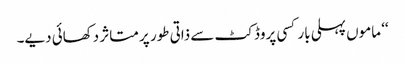
‘‘ ماموں پہلی بار کسی پروڈکٹ سے ذاتی طور پر متاثر دکھائی دیے۔